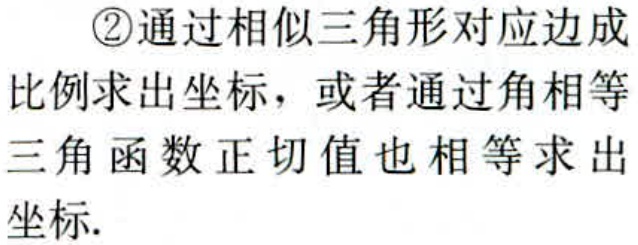
\textcircled{2}通过相似三角形对应边成比例求出坐标，或者通过角相等三角函数正切值也相等求出坐标.